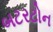
બટરટોન